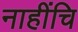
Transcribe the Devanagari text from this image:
नाहींचि